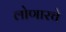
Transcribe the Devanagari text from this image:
लोणारचे